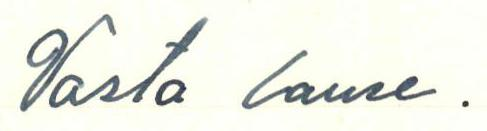
Vasta lause.